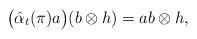
\begin{align*} \big(\hat{\alpha}_t(\pi)a\big)(b\otimes h)=ab\otimes h, \end{align*}